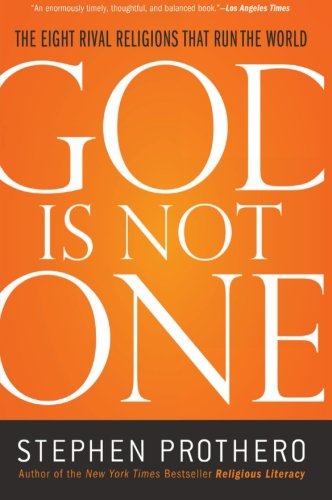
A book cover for God Is Not One: The Eight Rival Religions That Run the World; Stephen Prothero; Reference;